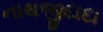
નાથજીદાદા